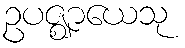
ဥပဇ္ဈာယေသု